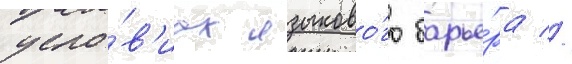
усло́в'иах языково́го барье́ра //